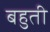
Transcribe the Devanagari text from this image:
बहुती